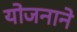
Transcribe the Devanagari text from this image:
योजनाने